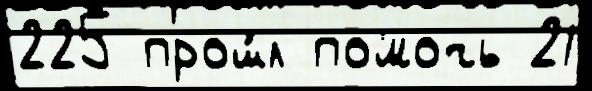
225 прош́л помочь 21